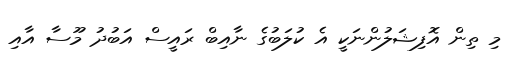
މި ތިން އޮފިޝަލުންނަކީ އެ ކުލަބުގެ ނާއިބް ރައީސް އަބުދު މޫސާ އާއި